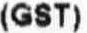
(GST)